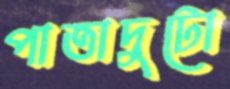
পাতাদুটো